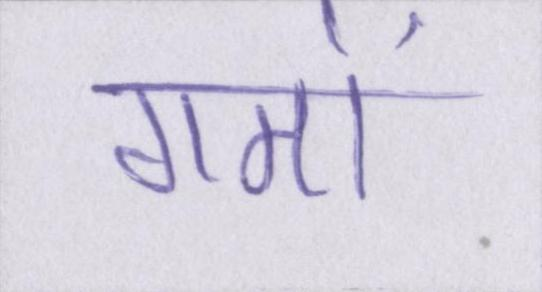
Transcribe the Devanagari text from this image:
गमों